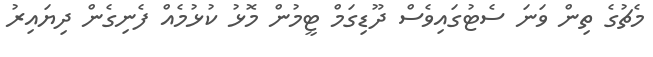
މެޗުގެ ތިން ވަނަ ސެޓުގައިވެސް ދޫޑިގަމް ޓީމުން މޮޅު ކުޅުމެއް ފެނިގެން ދިޔައިރު